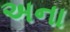
અના